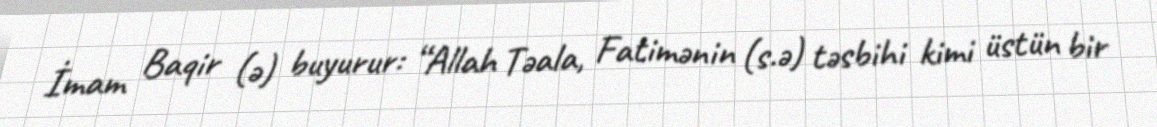
İmam Baqir (ə) buyurur: “Allah Təala, Fatimənin (s.ə) təsbihi kimi üstün bir